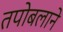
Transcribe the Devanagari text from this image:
तपोबलाने